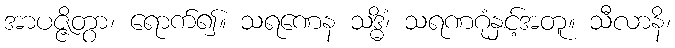
အာပဇ္ဇိတွာ၊ ရောက်၍။ သရဏေန သဒ္ဓိံ၊ သရဏဂုံနှင့်အတူ။ သီလာနိ၊